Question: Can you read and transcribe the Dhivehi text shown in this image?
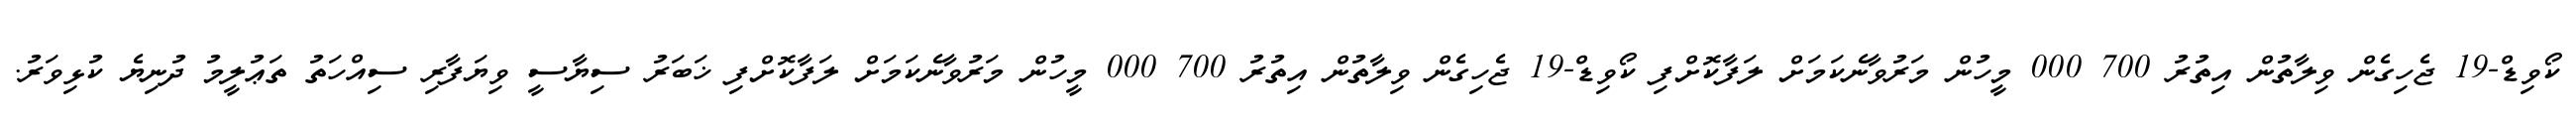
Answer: ކޯވިޑް-19 ޖެހިގެން ވިލާތުން އިތުރު 700 000 މީހުން މަރުވާނެކަމަށް ލަފާކޮށްފި ކޯވިޑް-19 ޖެހިގެން ވިލާތުން އިތުރު 700 000 މީހުން މަރުވާނެކަމަށް ލަފާކޮށްފި ޚަބަރު ސިޔާސީ ވިޔަފާރި ސިއްހަތު ތަޢުލީމު ދުނިޔެ ކުޅިވަރު.